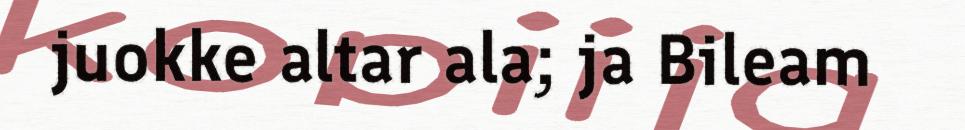
juokke altar ala; ja Bileam